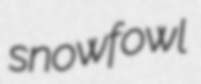
snowfowl